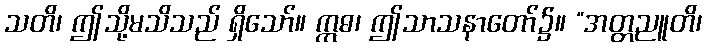
သတိ၊ ဤသို့မသိသည် ရှိသော်။ ဣဓ၊ ဤသာသနာတော်၌။ “အတ္တညူတိ၊